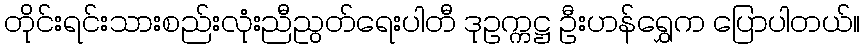
တိုင်းရင်းသားစည်းလုံးညီညွတ်ရေးပါတီ ဒုဥက္ကဋ္ဌ ဦးဟန်ရွှေက ပြောပါတယ်။